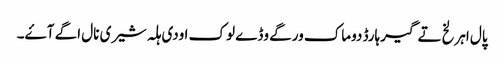
پال اہرلخ تے گیرہارڈ دوماک ورگے وڈے لوک اودی ہلہ شیری نال اگے آۓ۔